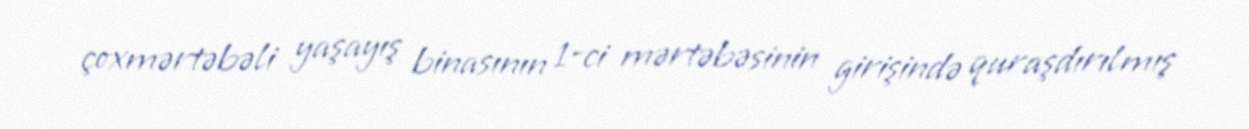
çoxmərtəbəli yaşayış binasının 1-ci mərtəbəsinin girişində quraşdırılmış